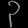
Digit: ၃